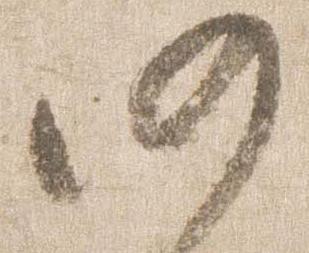
仍